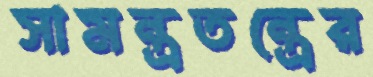
সামন্ত্রতন্ত্রের